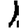
Digit: 1